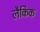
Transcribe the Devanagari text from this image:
लैकिक